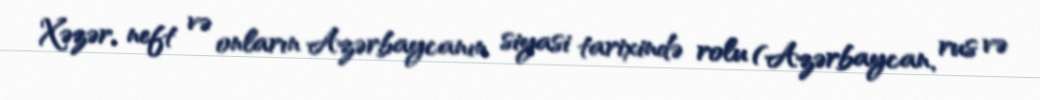
Xəzər, neft və onların Azərbaycanın siyasi tarixində rolu (Azərbaycan, rus və